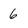
Character: 6